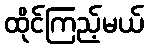
ထိုင်ကြည့်မယ်